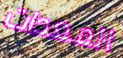
المعدات